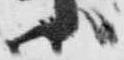
ハ